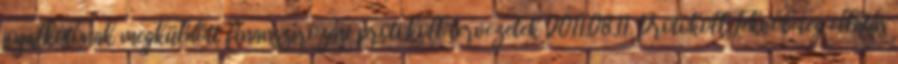
jogalkotónak megküldött finanszírozási protokoll tervezetek 2011.08.11. Protokoll Fekvőbeteg ellátás